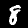
Label: 8